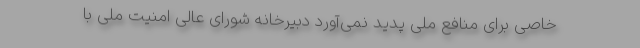
خاصی برای منافع ملی پدید نمی‌آورد دبیرخانه شورای عالی امنیت ملی با